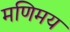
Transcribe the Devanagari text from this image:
मणिमय